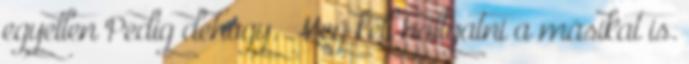
egyetlen Pedig dehogy. Meg kell hallgatni a másikat is.